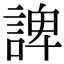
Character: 諀